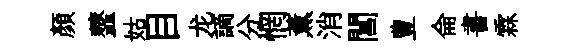
顔虀姑目龙謫分惘薫消閶豊侖書霖